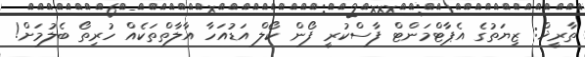
ތާރީޚް: ޒިޔަތުގެ އެޕާޓްމަންޓް ފާސްކުރީ ފޯން ކޯލް އަޑުއަހާ އާލާތްތަކެއް ހުރިތޯ ބެލުމަށް!